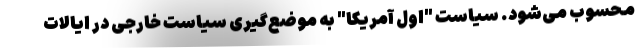
محسوب می‌شود. سیاست "اول آمریکا" به موضع‌گیری سیاست خارجی در ایالات